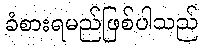
ခံစားရမည်ဖြစ်ပါသည်